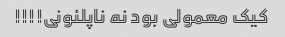
کیک معمولی بود نه ناپلئونی!!!!